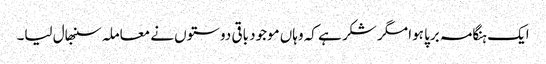
ایک ہنگامہ برپا ہوا مگر شکر ہے کہ وہاں موجود باقی دوستوں نے معاملہ سنبھال لیا۔